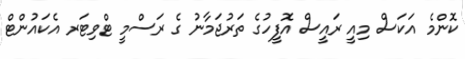
ކޮންމެ އަކަސް މިއީ ރައީސް އޮފީހުގެ ތަރުޖަމާނު ގެ ރަސްމީ ޓްވިޓަރ އެކައުންޓް